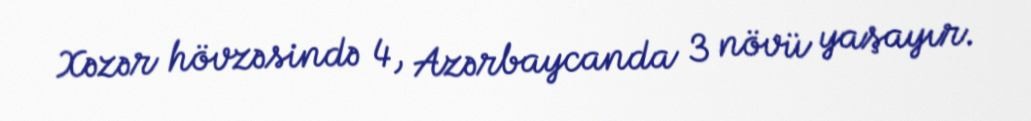
Xəzər hövzəsində 4, Azərbaycanda 3 növü yaşayır.